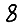
Digit: 8